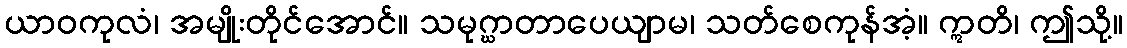
ယာဝကုလံ၊ အမျိုးတိုင်အောင်။ သမုဂ္ဃာတာပေယျာမ၊ သတ်စေကုန်အံ့။ ဣတိ၊ ဤသို့။